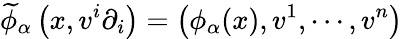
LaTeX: {\widetilde{\phi}}_{\alpha}\left(x,v^{i}\partial_{i}\right)=\left(\phi_{\alpha}(x),v^{1},\cdots,v^{n}\right)